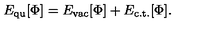
E _ { \mathrm { q u } } [ \Phi ] = E _ { \mathrm { v a c } } [ \Phi ] + E _ { \mathrm { c . t . } } [ \Phi ] .